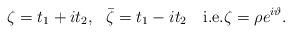
LaTeX: \begin{align*} \zeta = t_1 + it_2,\ \ \bar \zeta = t_1-it_2\quad\mbox{i.e.} \zeta = \rho e^{i\vartheta}.\end{align*}